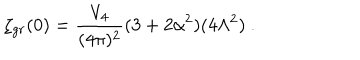
LaTeX: \zeta _ { g r } ( 0 ) = \frac { V _ { 4 } } { ( 4 \pi ) ^ { 2 } } ( 3 + 2 \alpha ^ { 2 } ) ( 4 \Lambda ^ { 2 } ) \ .